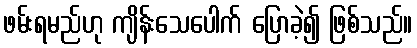
ဖမ်းရမည်ဟု ကျိန်းသေပေါက် ပြောခဲ့၍ ဖြစ်သည်။